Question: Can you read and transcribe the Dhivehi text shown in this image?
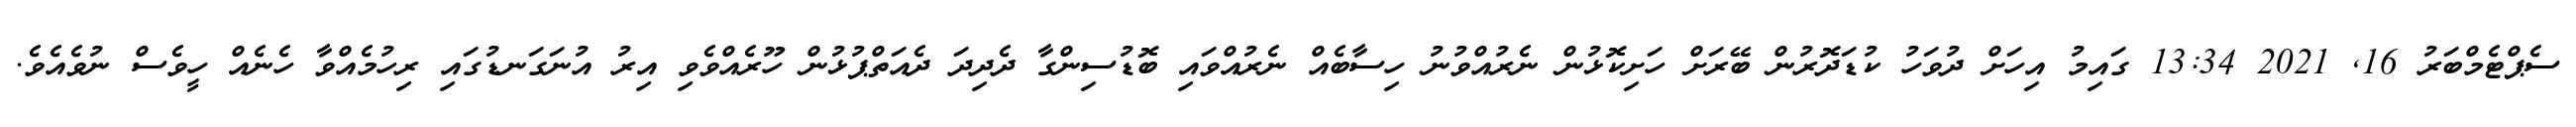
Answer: ސެޕްޓެމްބަރު 16, 2021 13:34 ގައިމު އިހަށް ދުވަހު ކުޑަދޮރުން ބޭރަށް ހަށިކޮޅުން ނެރުއްވުނު ހިސާބެއް ނެރުއްވައި ބޮޑުސިންގާ ދެދިދަ ދެއަތްޕުޅުން ހޫރެއްވެވި އިރު އުނަގަނޑުގައި ރިހުމެއްވާ ހެނެއް ހީވެސް ނުވެއެވެ.